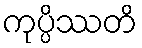
ကုပ္ပိဿတိ